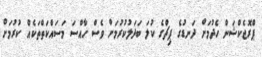
ޕްރޮޖެކްޝަން ހެދުމަށް ދަނޑުގެ ޕިޗްގެ ކުލަ ބަދަލުކުރުމަށް ވެސް ހާއްސަ މަސައްކަތްތަކެއް ކުރުމަށް